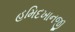
હમિદખાનજી